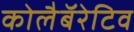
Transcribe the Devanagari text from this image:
कोलैबॅरेटिव